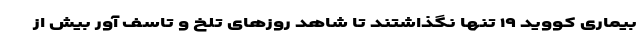
بیماری کووید ۱۹ تنها نگذاشتند تا شاهد روزهای تلخ و تاسف آور بیش از